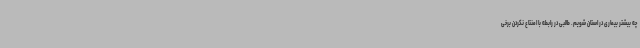
چه بیشتر بیماری در استان شویم. طالبی در رابطه با امنتاع نکردن برخی